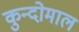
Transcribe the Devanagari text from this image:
कुन्दोमाल